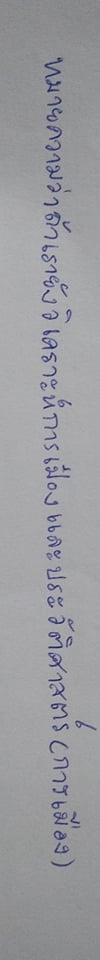
หมายความว่าถ้าเรายังวิเคราะห์การเมืองและประวัติศาสตร์(การเมือง)